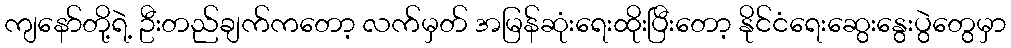
ကျနော်တို့ရဲ့ ဦးတည်ချက်ကတော့ လက်မှတ် အမြန်ဆုံးရေးထိုးပြီးတော့ နိုင်ငံရေးဆွေးနွေးပွဲတွေမှာ